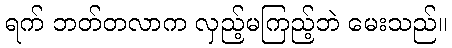
ရက် ဘတ်တလာက လှည့်မကြည့်ဘဲ မေးသည်။